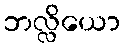
ဘလ္လိယော